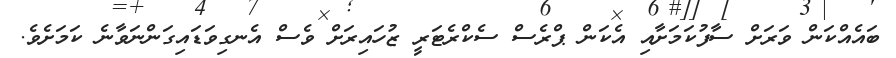
ބައެއްކަން ވަރަށް ސާފުކަމަށާއި އެކަން ޕްރެސް ސެކްރެޓަރީ ޒުހައިރަށް ވެސް އެނގިވަޑައިގަންނަވާނެ ކަމަށެވެ.